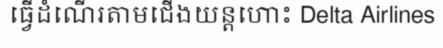
ធ្វើដំណើរតាមជើងយន្តហោះ Delta Airlines